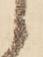
候